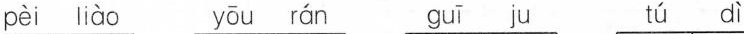
pèi liào yōu rán guī ju tú dì